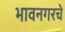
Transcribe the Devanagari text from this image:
भावनगरचे